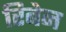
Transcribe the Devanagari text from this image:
रिबेन